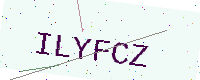
Text: ILYFCZ